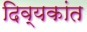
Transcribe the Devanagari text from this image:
दिव्यकांत